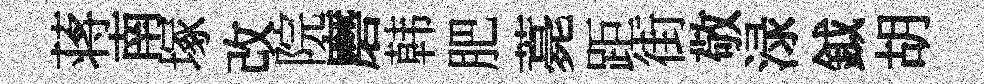
蒋南塚改院磨韩肥薧距街敬渌鉞胡